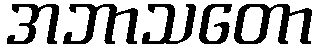
အဘာသတော